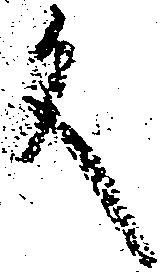
文